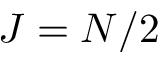
J = N / 2